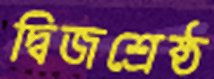
দ্বিজশ্রেষ্ঠ